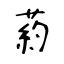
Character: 葯